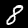
Label: 8